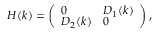
\begin{array} { r } { H ( k ) = \left( \begin{array} { l l } { 0 } & { D _ { 1 } ( k ) } \\ { D _ { 2 } ( k ) } & { 0 } \end{array} \right) , } \end{array}